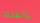
والطفلة